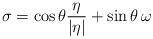
\begin{align*} \sigma = \cos\theta \frac{\eta}{|\eta|} + \sin \theta\, \omega \end{align*}